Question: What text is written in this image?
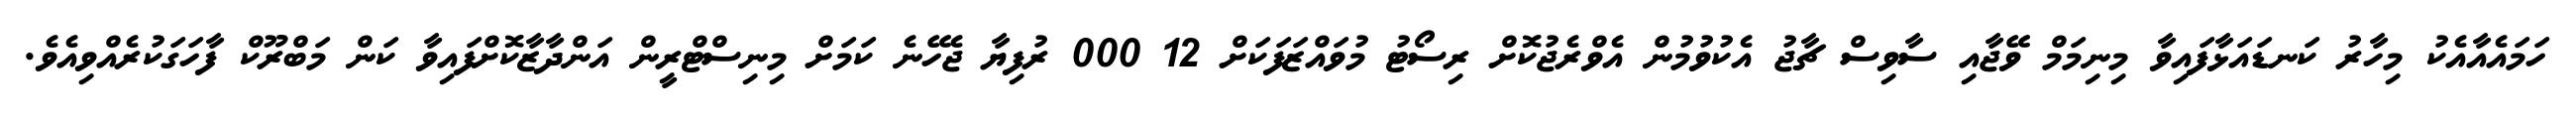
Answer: ހަމައެއާއެކު މިހާރު ކަނޑައަޅާފައިވާ މިނިމަމް ވޭޖާއި ސާވިސް ޗާޖު އެކުވުމުން އެވްރެޖުކޮށް ރިސޯޓު މުވައްޒަފަކަށް 12 000 ރުފިޔާ ޖެހޭނެ ކަމަށް މިނިސްޓްރީން އަންދާޒާކޮށްފައިވާ ކަން މަބްރޫކް ފާހަގަކުރެއްވިއެވެ.